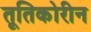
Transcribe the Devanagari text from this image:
तूतिकोरीन